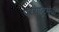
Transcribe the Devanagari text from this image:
परराष्ट्र्मंत्री